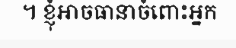
។ ខ្ញុំអាចធានាចំពោះអ្នក